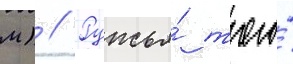
м) // Ружья́ того́